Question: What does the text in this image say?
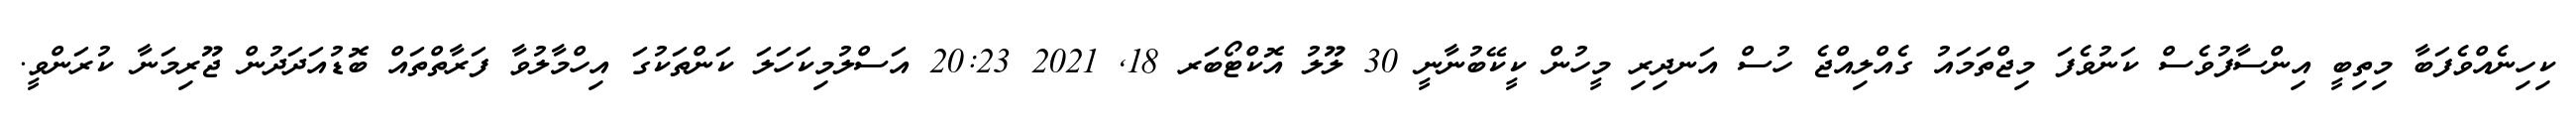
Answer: ކިހިނެއްވެފަބާ މިތިބީ އިންސާފުވެސް ކަނުވެފަ މިޖްތަމައު ގެއްލިއްޖެ ހުސް އަނދިރި މީހުން ކީކޭބުނާނީ 30 ލޫލު އޮކްޓޯބަރ 18, 2021 20:23 އަސްލުމިކަހަލަ ކަންތަކުގަ އިހްމާލުވާ ފަރާތްތައް ބޮޑުއަދަދުން ޖޫރިމަނާ ކުރަންވީ.